Mental hospitals Bombay report 1921-28 - 1921-1928
Year: 1921
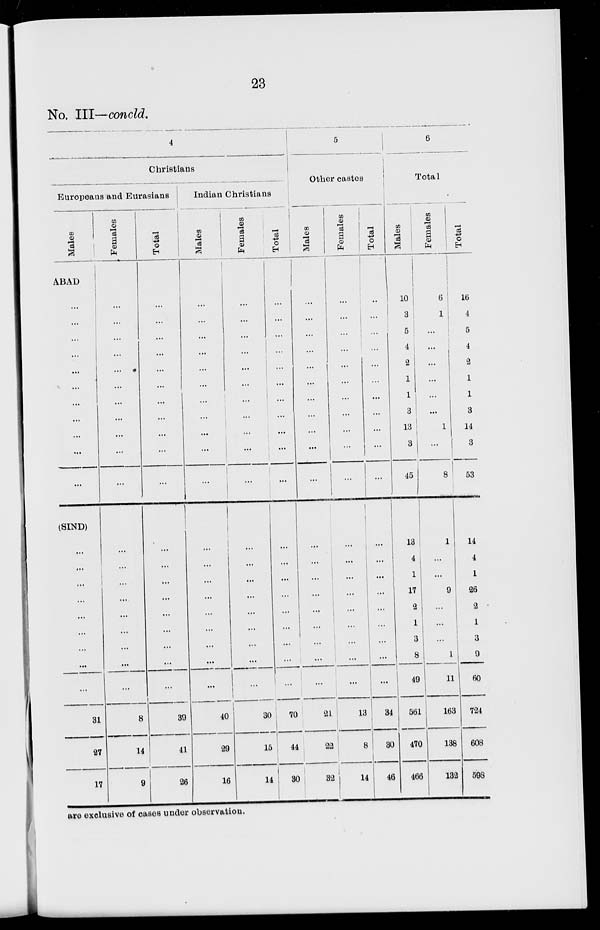
23
No. III—concld.
4
Christians
Europeans and Eurasians
Males
ABAD
...
...
...
...
...
...
...
...
...
...
...
(SIND)
...
...
...
...
...
...
...
...
...
31
27
17
Females
...
...
...
...
...
...
...
...
...
...
...
...
...
...
...
...
...
...
...
...
8
14
9
Total
...
...
...
...
...
...
...
...
...
...
...
...
...
...
...
...
...
...
...
...
39
41
26
Indian Christians
Males
...
...
...
...
...
...
...
...
...
...
...
...
...
...
...
...
...
...
...
...
40
29
16
Females
...
...
...
...
...
...
...
...
...
...
...
...
...
...
...
...
...
...
...
...
30
15
14
Tot al
...
...
...
...
...
...
...
...
...
...
...
...
...
...
...
...
...
...
...
...
70
44
30
5
Other castes
Males
...
...
...
...
...
...
...
...
...
...
...
...
...
...
...
...
...
...
...
...
21
22
32
Fe ma l
e s
...
...
...
...
...
...
...
...
...
...
...
...
...
...
...
...
...
...
...
...
13
8
14
Tot al
...
...
...
...
...
...
...
...
...
...
...
...
...
...
...
...
...
...
...
...
34
30
46
6
Total
Males
10
3
5
4
2
1
1
3
13
3
45
13
4
1
17
2
1
3
8
49
561
470
466
Females
6
1
...
...
...
...
...
...
1
...
8
1
...
...
9
...
...
...
1
11
163
138
132
Total
16
4
5
4
2
1
1
3
14
3
53
14
4
1
26
2
1
3
9
60
724
608
598
are exclusive of cases under observation.